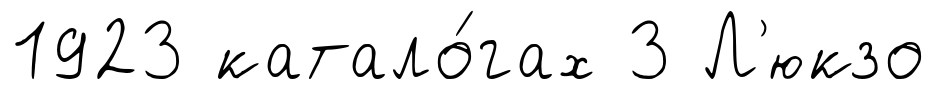
1923 катало́гах 3 Л'юкзо